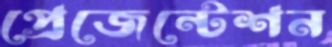
প্রেজেন্টেশন